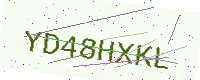
Text: YD48HXKL